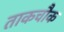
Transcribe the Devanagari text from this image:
ताकचौक